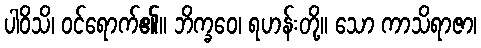
ပါဝိသိ၊ ဝင်ရောက်၏။ ဘိက္ခဝေ၊ ရဟန်းတို့။ သော ကာသိရာဇာ၊